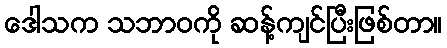
ဒေါသက သဘာဝကို ဆန့်ကျင်ပြီးဖြစ်တာ။